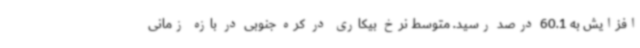
افزایش به 60.1 درصد رسید. متوسط نرخ بیکاری در کره جنوبی در بازه زمانی